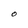
Character: 0